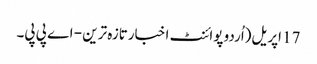
17 اپریل(اُردو پوائنٹ اخبارتازہ ترین - اے پی پی۔